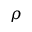
\rho